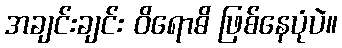
အချင်းချင်း ဝိရောဓိ ဖြစ်နေပုံပဲ။